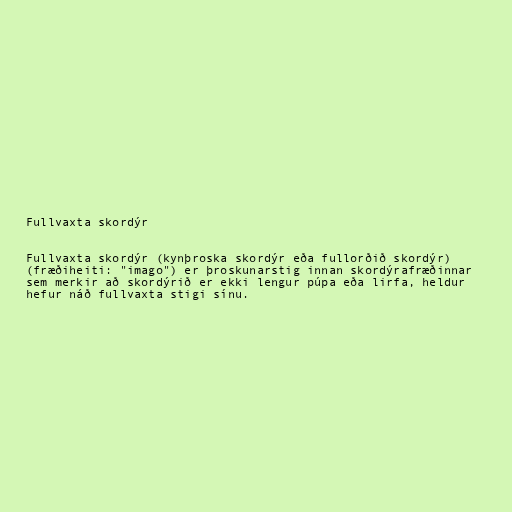
Fullvaxta skordýr

Fullvaxta skordýr (kynþroska skordýr eða fullorðið skordýr)
(fræðiheiti: "imago") er þroskunarstig innan skordýrafræðinnar
sem merkir að skordýrið er ekki lengur púpa eða lirfa, heldur
hefur náð fullvaxta stigi sínu.